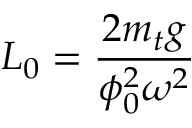
L _ { 0 } = \frac { 2 m _ { t } g } { \phi _ { 0 } ^ { 2 } \omega ^ { 2 } }